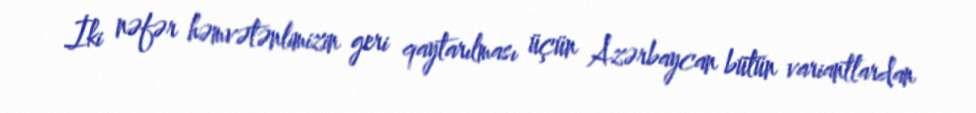
İki nəfər həmvətənlimizin geri qaytarılması üçün Azərbaycan bütün variantlardan